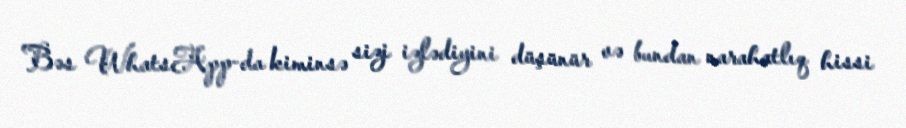
Bəs WhatsApp-da kiminsə sizi izlədiyini düşünür və bundan narahatlıq hissi